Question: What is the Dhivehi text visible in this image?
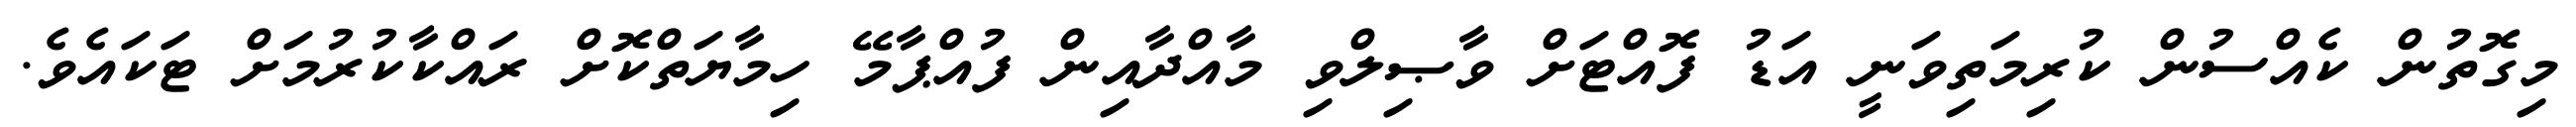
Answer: މިގޮތުން ކެއްސުން ކުރިމަތިވަނީ އަޑު ފޮއްޓަށް ވާޞިލްވި މާއްދާއިން ފުއްޕާމޭ ހިމާޔަތްކޮށް ރައްކާކުރުމަށް ޓަކައެވެ.